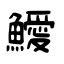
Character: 鱫